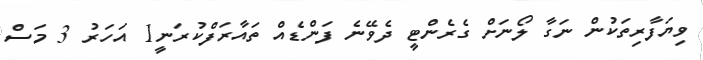
ވިޔަފާރިތަކުން ނަގާ ލޯނަށް ގެރެންޓީ ދެވޭނެ ފަންޑެއް ތައާރަފްކުރަނީ1 އަހަރު 3 މަސް